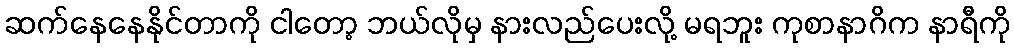
ဆက်နေနေနိုင်တာကို ငါတော့ ဘယ်လိုမှ နားလည်ပေးလို့ မရဘူး ကုစာနာဂိက နာရီကို